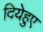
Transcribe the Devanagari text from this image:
दियेहुए